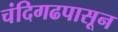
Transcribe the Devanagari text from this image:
चंदिगढपासून